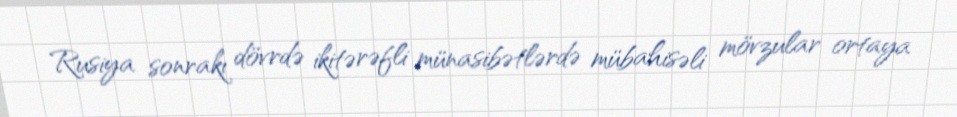
Rusiya sonrakı dövrdə ikitərəfli münasibətlərdə mübahisəli mövzular ortaya